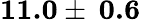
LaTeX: \textbf{11.0}\pm\: \textbf{0.6}